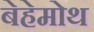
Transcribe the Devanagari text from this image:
बेहेमोथ